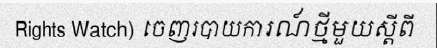
Rights Watch) ចេញរបាយការណ៍ថ្មីមួយស្តីពី